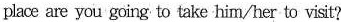
place are you going to take him/her to visit?